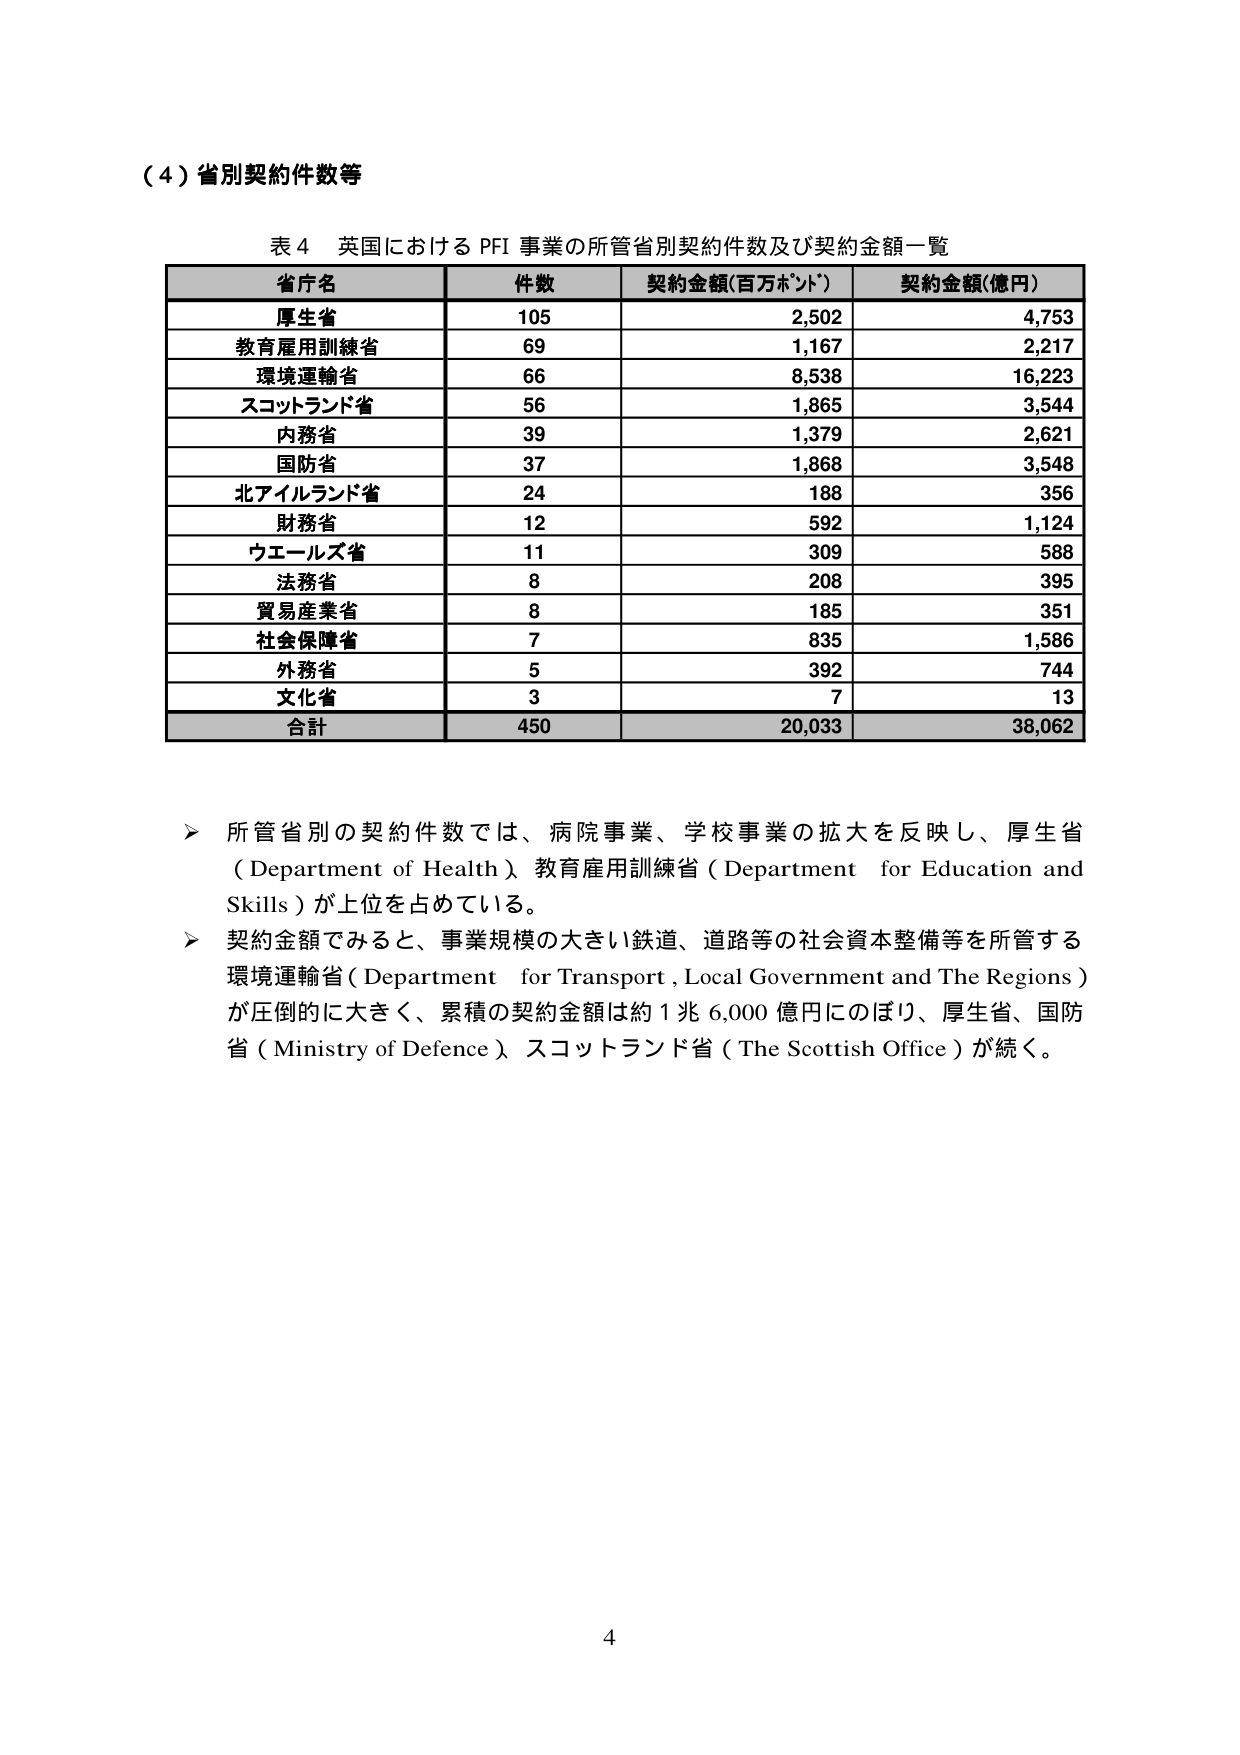
（４）省別契約件数等

表４ 英国における PFI 事業の所管省別契約件数及び契約金額一覧

省庁名　　　　　　件数　　　契約金額(百万ポンド)　　契約金額(億円)
厚生省　　　　　　105　　　　2,502　　　　　　　　4,753
教育雇用訓練省　　69　　　　1,167　　　　　　　　2,217
環境運輸省　　　　66　　　　8,538　　　　　　　　16,223
スコットランド省　56　　　　1,865　　　　　　　　3,544
内務省　　　　　　39　　　　1,379　　　　　　　　2,621
国防省　　　　　　37　　　　1,868　　　　　　　　3,548
北アイルランド省　24　　　　188　　　　　　　　　356
財務省　　　　　　12　　　　592　　　　　　　　　1,124
ウエールズ省　　　11　　　　309　　　　　　　　　588
法務省　　　　　　8　　　　208　　　　　　　　　395
貿易産業省　　　　8　　　　185　　　　　　　　　351
社会保障省　　　　7　　　　835　　　　　　　　　1,586
外務省　　　　　　5　　　　392　　　　　　　　　744
文化省　　　　　　3　　　　7　　　　　　　　　　13
合計　　　　　　450　　　　20,033　　　　　　　38,062

➤ 所管省別の契約件数では、病院事業、学校事業の拡大を反映し、厚生省（Department of Health）、教育雇用訓練省（Department for Education and Skills）が上位を占めている。

➤ 契約金額でみると、事業規模の大きい鉄道、道路等の社会資本整備等を所管する環境運輸省（Department for Transport, Local Government and The Regions）が圧倒的に大きく、累積の契約金額は約１兆６,０００億円にのぼり、厚生省、国防省（Ministry of Defence）、スコットランド省（The Scottish Office）が続く。

4